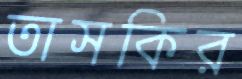
তাসকির